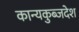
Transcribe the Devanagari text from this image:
कान्यकुब्जदेश